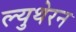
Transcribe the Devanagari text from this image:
ल्युथेरन